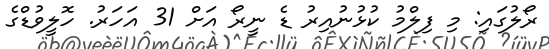
ރޯލުގައި: މި ފިލްމު ކުޅުނުއިރު ޑެ ނީރޯ އަށް 31 އަހަރު. ހޮލީވުޑްގެ